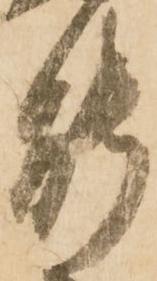
能